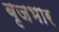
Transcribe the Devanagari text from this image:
बृजभार